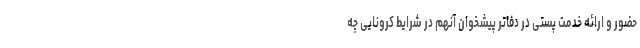
حضور و ارائه خدمت پستی در دفاتر پیشخوان آنهم در شرایط کرونایی چه